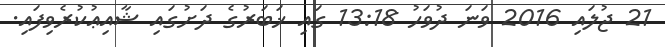
21 ޖުލައި 2016 ވަނަ ދުވަހު 13:18 ގައި ޚަބަރުގެ ދަށުގައި ޝާއިޢުކުރެވިފައި.